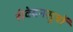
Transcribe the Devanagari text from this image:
संवेदनसूत्रों